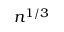
n ^ { 1 / 3 }